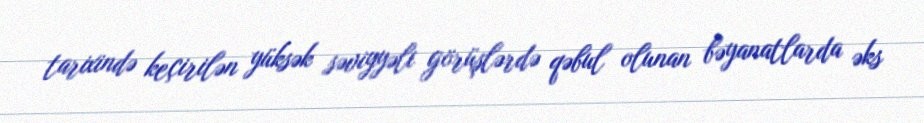
tarixində keçirilən yüksək səviyyəli görüşlərdə qəbul olunan bəyanatlarda əks